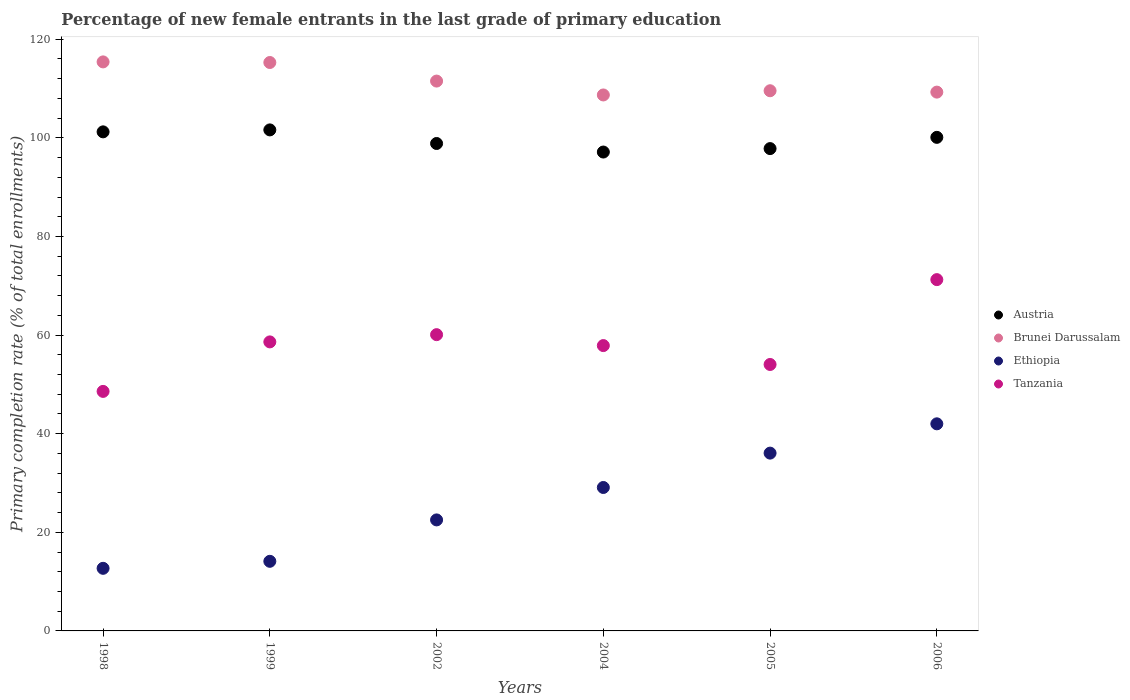
| Years | Austria | Brunei Darussalam | Ethiopia | Tanzania |
 | --- | --- | --- | --- | --- |
 | 1998 | 101 | 115 | 12.7 | 48.6 |
 | 1999 | 102 | 115 | 14.1 | 58.6 |
 | 2002 | 98.9 | 112 | 22.5 | 60.1 |
 | 2004 | 97.1 | 109 | 29.1 | 57.9 |
 | 2005 | 97.8 | 110 | 36.1 | 54 |
 | 2006 | 100 | 109 | 42 | 71.2 |